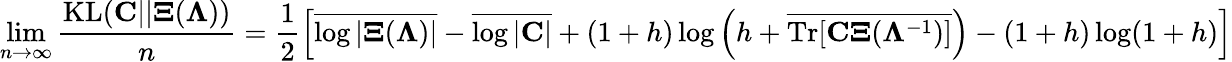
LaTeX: \operatorname*{lim}_{n\to\infty}\frac{\mathrm{KL}({\mathbf C}||{\mathbf\Xi}({\mathbf\Lambda}))}{n}=\frac{1}{2}\left[\overline{{\log|{\mathbf\Xi}({\mathbf\Lambda})|}}-\overline{{\log|{\mathbf C}|}}+(1+h)\log\left(h+\overline{{\mathrm{Tr}[\mathbf{C\Xi}({\mathbf\Lambda}^{-1})]}}\right)-(1+h)\log(1+h)\right]